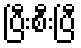
ပြီးစီးပြီ